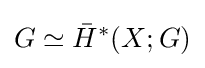
G\simeq {\bar {H}}^{*}(X;G)